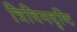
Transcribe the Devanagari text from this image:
त्रिविमदृष्टि